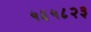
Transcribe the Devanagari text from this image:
५६५८२३